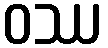
ဝဿ